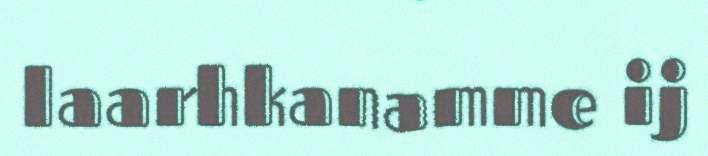
laarhkanamme ij